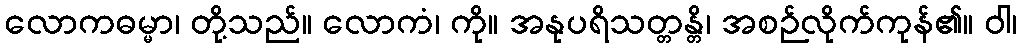
လောကဓမ္မာ၊ တို့သည်။ လောကံ၊ ကို။ အနုပရိသတ္တန္တိ၊ အစဉ်လိုက်ကုန်၏။ ဝါ၊